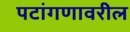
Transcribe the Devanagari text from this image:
पटांगणावरील